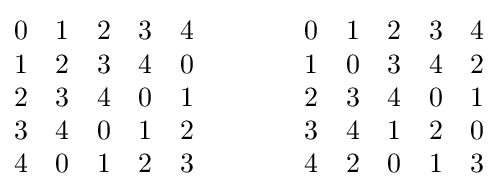
{\begin{matrix}0&1&2&3&4\\1&2&3&4&0\\2&3&4&0&1\\3&4&0&1&2\\4&0&1&2&3\end{matrix}}\qquad \qquad {\begin{matrix}0&1&2&3&4\\1&0&3&4&2\\2&3&4&0&1\\3&4&1&2&0\\4&2&0&1&3\end{matrix}}